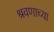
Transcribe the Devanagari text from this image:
श्रवणाच्या